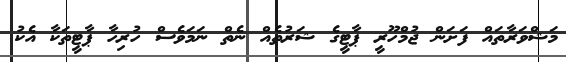
މަޝްވަރާތައް ފަށަން ޖުމްހޫރީ ޕާޓީގެ ޝަރުތެއް ނެތް ނަމަވެސް ހުރިހާ ޕާޓީތަކާ އެކު